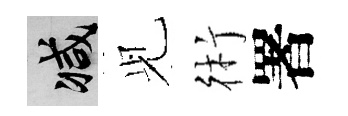
减𫤗術署